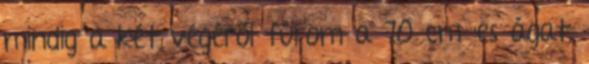
mindig a két végéről fúrom a 70 cm-es ágat,